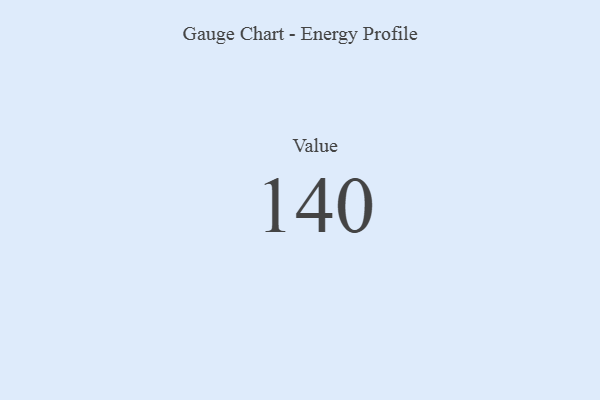
{"axis": {"x": "Metric", "y": "Value"}, "legend": [""], "data": [{"x": "Value", "y": 140, "type": ""}]}